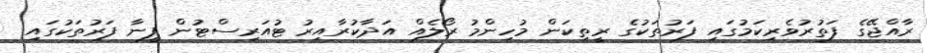
ރާއްޖޭގެ ފަތުރުވެރިކަމުގައި ފަރުތަކުގެ ރީތިކަން މުހިންމު ރޯލެއް އަދާކުރާއިރު ޓުއަރިސްޓުން ފީނާ ފަރުތަކުގައި